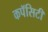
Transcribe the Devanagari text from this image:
कपॅसिटी